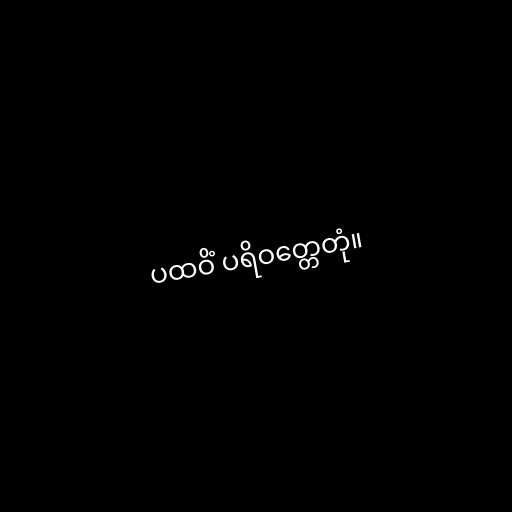
ပထဝိံ ပရိဝတ္တေတုံ။